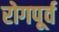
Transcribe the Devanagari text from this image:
रोगपूर्व